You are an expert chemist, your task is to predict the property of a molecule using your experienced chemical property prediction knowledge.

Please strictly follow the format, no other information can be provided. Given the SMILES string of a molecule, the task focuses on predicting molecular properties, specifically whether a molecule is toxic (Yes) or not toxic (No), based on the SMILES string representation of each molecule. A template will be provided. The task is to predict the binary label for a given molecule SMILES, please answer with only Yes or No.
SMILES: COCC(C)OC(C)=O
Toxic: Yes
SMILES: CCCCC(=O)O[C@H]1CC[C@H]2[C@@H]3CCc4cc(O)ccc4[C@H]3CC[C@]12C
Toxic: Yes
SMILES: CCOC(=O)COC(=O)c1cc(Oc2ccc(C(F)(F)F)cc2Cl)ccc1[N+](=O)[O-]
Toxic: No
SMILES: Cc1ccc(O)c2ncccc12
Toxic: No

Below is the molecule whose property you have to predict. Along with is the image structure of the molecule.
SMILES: NCCN1CCNCC1
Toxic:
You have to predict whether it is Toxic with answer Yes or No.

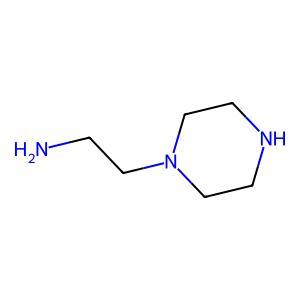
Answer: No